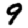
Digit: 9